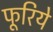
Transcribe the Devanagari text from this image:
फूरिये